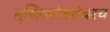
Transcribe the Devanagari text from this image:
मुस्लिमांबरोबरच